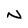
Character: N